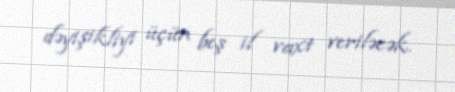
dəyişikliyi üçün beş il vaxt veriləcək.